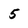
Character: 5